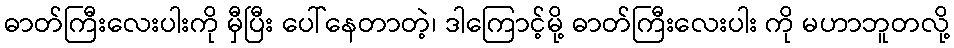
ဓာတ်ကြီးလေးပါးကို မှီပြီး ပေါ်နေတာတဲ့၊ ဒါကြောင့်မို့ ဓာတ်ကြီးလေးပါး ကို မဟာဘူတလို့